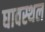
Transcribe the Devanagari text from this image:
घावस्थल